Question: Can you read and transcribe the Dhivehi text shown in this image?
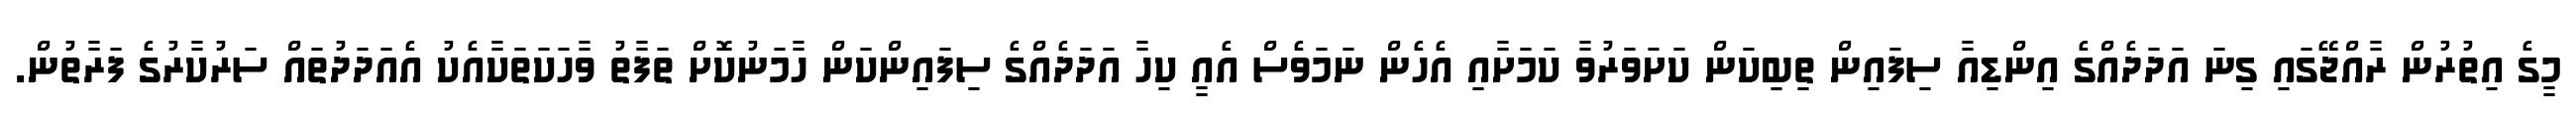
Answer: މީގެ އިތުރުން ރާއްޖޭގައި ގިނަ އަދަދެއްގެ އިންޑިއާ ސިފައިން ތިބިކަން ކަށަވަރުވާ ކަމަށާއި އެހެން ނަމަވެސް އެއީ ކިހާ އަދަދެއްގެ ސިފައިންކަން ހާމަނުކޮށް ތަފާތު ވާހަކަތަކާއެކު އެއަދަދުތައް ސަރުކާރުގެ ފަރާތުން.